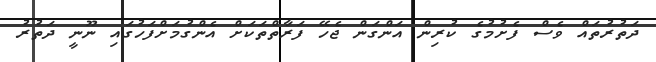
ދަތުރުތައް ވެސް ފެށުމުގެ ކުރިން އަންގަން ޖެހޭ ފަރާތްތަކަށް އެންގުމަށްފަހުގައި ނޫނީ ދަތުރު